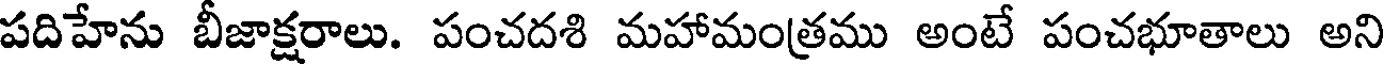
పదిహేను బీజాక్షరాలు. పంచదశి మహామంత్రము అంటే పంచభూతాలు అని